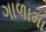
ગાળામા